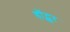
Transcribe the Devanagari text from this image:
हॉट्स्पुर